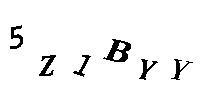
5Z1BYY